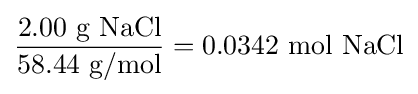
{\frac {2.00{\mbox{ g NaCl}}}{58.44{\mbox{ g/mol}}}}=0.0342\ {\text{mol NaCl}}